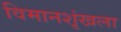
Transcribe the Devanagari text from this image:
विमानशृंखला